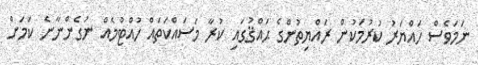
ނަމަވެސް ހައްޔަރު ކުރުމަކުން ރައްޔިތުންގެ ޙައްޤުގައި ކުރާ މަސައްކަތައް ހުއްޓުމެއް ނުގެންނާނެ ކަމަށް